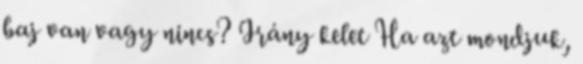
baj van vagy nincs? Irány kelet Ha azt mondjuk,